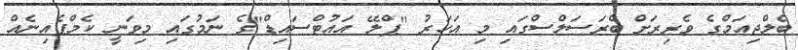
ބެލްޖިއަމްގެ ވެރިރަށް ބްރަސަލްސްގައި މި އަހަރު "ޕްލޭ އައުޓްސައިޑް"ގެ ނަމުގައި މިވަނީ ކެމްޕެއިނެއް